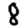
Digit: 8